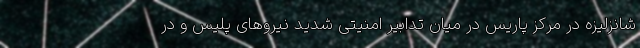
شانزلیزه در مرکز پاریس در میان تدابیر امنیتی شدید نیروهای پلیس و در